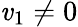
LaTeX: \textstyle\mathit{v}_{1}\neq0